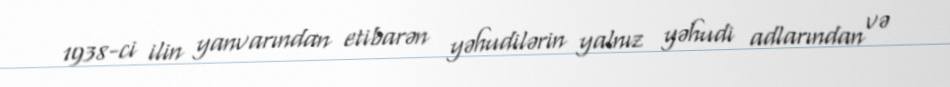
1938-ci ilin yanvarından etibarən yəhudilərin yalnız yəhudi adlarından və